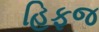
હિફજ